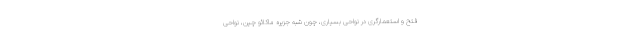
فتح و استعمارگری در نواحی بسیاری، چون شبه جزیره ماکائو چین، نواحی